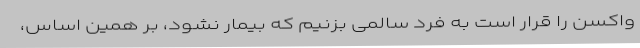
واکسن را قرار است به فرد سالمی بزنیم که بیمار نشود، بر همین اساس،